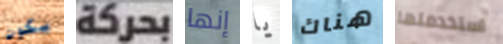
يكون بحركة إنها يا هناك استخدمتها